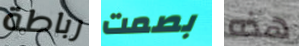
رباطة بصمت هذه